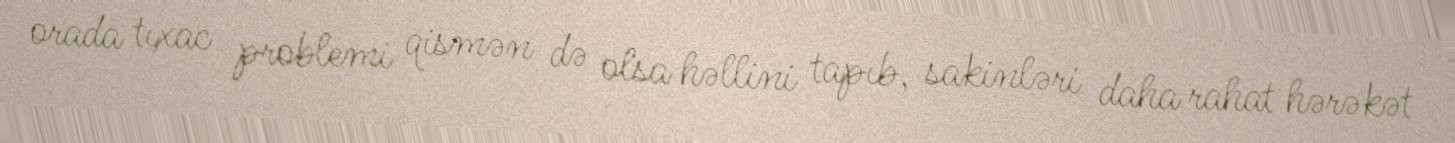
orada tıxac problemi qismən də olsa həllini tapıb, sakinləri daha rahat hərəkət